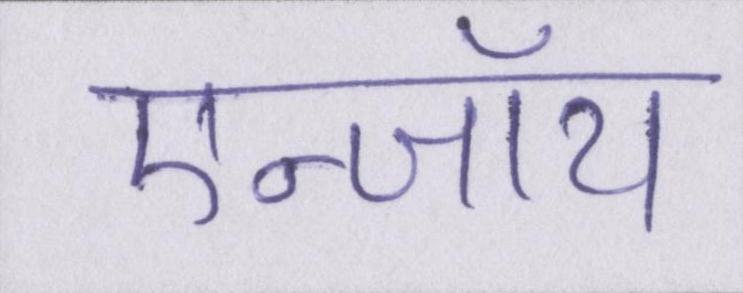
एन्जॉय